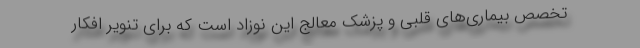
تخصص بیماری‌های قلبی و پزشک معالج این نوزاد است که برای تنویر افکار